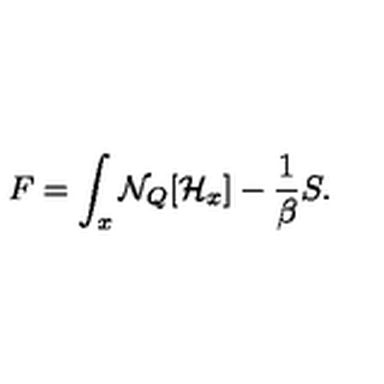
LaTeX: F = \int _ { x } { \cal N } _ { Q } [ { \cal H } _ { x } ] - { \frac { 1 } { \beta } } S .